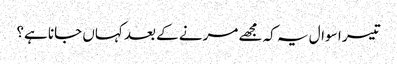
تیسر ا سوال یہ کہ مجھے مرنے کے بعد کہاں جانا ہے؟